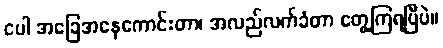
ငပါ အခြေအနေကောင်းတာ၊ အလည်လက်ခံတာ တွေ့ကြရပြီပဲ။